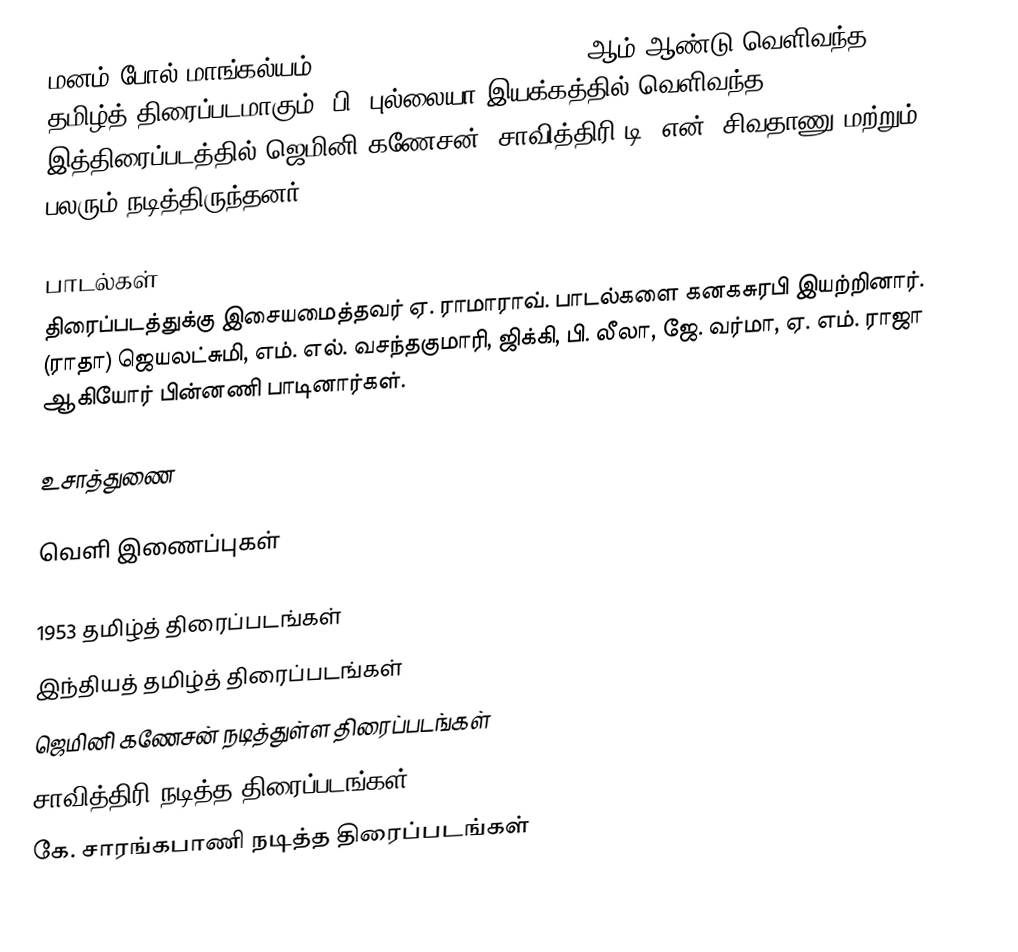
மனம் போல் மாங்கல்யம் (Manam Pola Mangalyam) 1953 ஆம் ஆண்டு வெளிவந்த தமிழ்த் திரைப்படமாகும். பி. புல்லையா இயக்கத்தில் வெளிவந்த இத்திரைப்படத்தில் ஜெமினி கணேசன், சாவித்திரி  டி. என். சிவதாணு மற்றும் பலரும் நடித்திருந்தனர்.

பாடல்கள்
திரைப்படத்துக்கு இசையமைத்தவர் ஏ. ராமாராவ். பாடல்களை கனகசுரபி இயற்றினார். (ராதா) ஜெயலட்சுமி, எம். எல். வசந்தகுமாரி, ஜிக்கி, பி. லீலா, ஜே. வர்மா, ஏ. எம். ராஜா ஆகியோர் பின்னணி பாடினார்கள்.

உசாத்துணை

வெளி இணைப்புகள்

1953 தமிழ்த் திரைப்படங்கள்
இந்தியத் தமிழ்த் திரைப்படங்கள்
ஜெமினி கணேசன் நடித்துள்ள திரைப்படங்கள்
சாவித்திரி நடித்த திரைப்படங்கள்
கே. சாரங்கபாணி நடித்த திரைப்படங்கள்